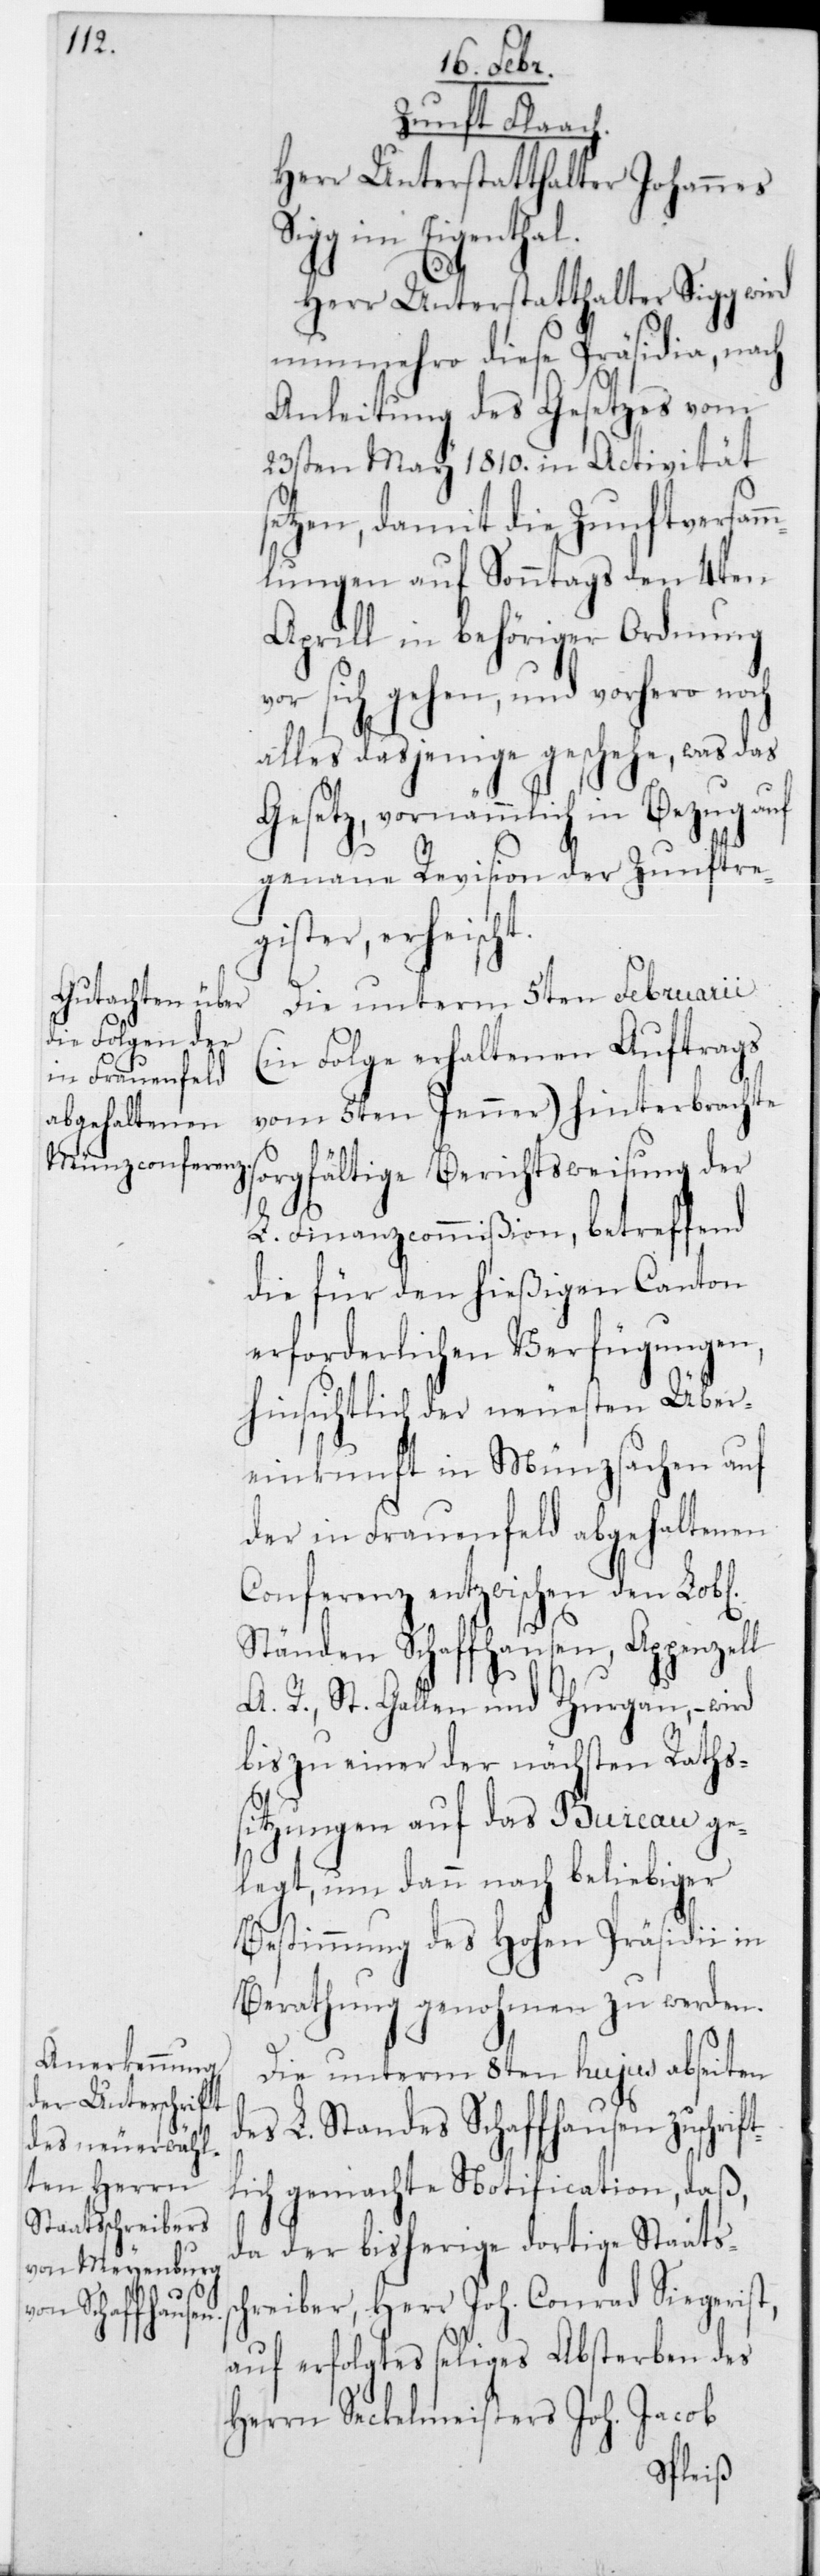
Zunft Flaach.
Herr Unterstatthalter Johannes
Sigg im Eigenthal.
Herr Unterstatthalter Sigg wird
nunmehro diese Präsidia, nach
Anleitung des Gesetzes vom
23sten May 1810 in Activität
setzen, damit die Zunftversam¬
mlungen auf Sonntags den 4ten
Aprill in behöriger Ordnung
vor sich gehen, und vorhero noch
alles dasjenige geschehe, was das
Gesetz, vornämmlich in Bezug auf
genaue Revision der Zunftre¬
gister, erheischt.
Die unterm 5ten Februarii
(in Folge erhaltenen Auftrags
vom 5ten Jenner) hinterbrachte
sorgfältige Berichtsweisung der
L. Finanzcommißion, betreffend
die für den hießigen Canton
erforderlichen Verfügungen,
hinsichtlich der neuesten Über¬
einkunft in Münzsachen auf
der in Frauenfeld abgehaltenen
Conferenz entzwischen den Lobl.
Ständen Schaffhausen, Appenzell
A. R., St. Gallen und Thurgau, – wird
bis zu einer der nächsten Rats¬
sitzungen auf das Bureau ge¬
legt, um dann nach beliebiger
Bestimmung des hohen Präsidii in
Beratung genohmen zu werden.
Die unterm 8ten hujus abseiten
des L. Standes Schaffhausen zuschrift¬
lich gemachte Notification, daß,
da der bisherige dortige Staatss¬
chreiber, Herr Joh. Conrad Siegerist,
auf erfolgtes seliges Absterben des
Herrn Seckelmeisters Joh. Jacob